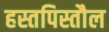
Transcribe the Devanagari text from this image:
हस्तपिस्तौल